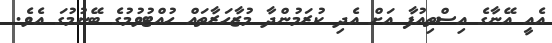
އެއީ އޭނާގެ އިސްތިއުފާ އަށް އެދި ކުރަމުންދާ މުޒާހަރާތައް ހުއްޓުވުމުގެ ބޭނުމުގަ އެވެ.